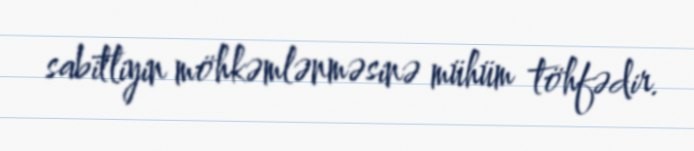
sabitliyin möhkəmlənməsinə mühüm töhfədir.